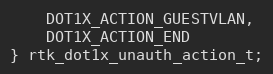
Language: C
    DOT1X_ACTION_GUESTVLAN,
    DOT1X_ACTION_END
} rtk_dot1x_unauth_action_t;